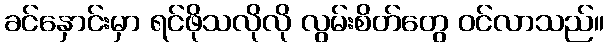
ခင်နှောင်းမှာ ရင်ဖိုသလိုလို လွမ်းစိတ်တွေ ဝင်လာသည်။